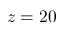
z = 2 0